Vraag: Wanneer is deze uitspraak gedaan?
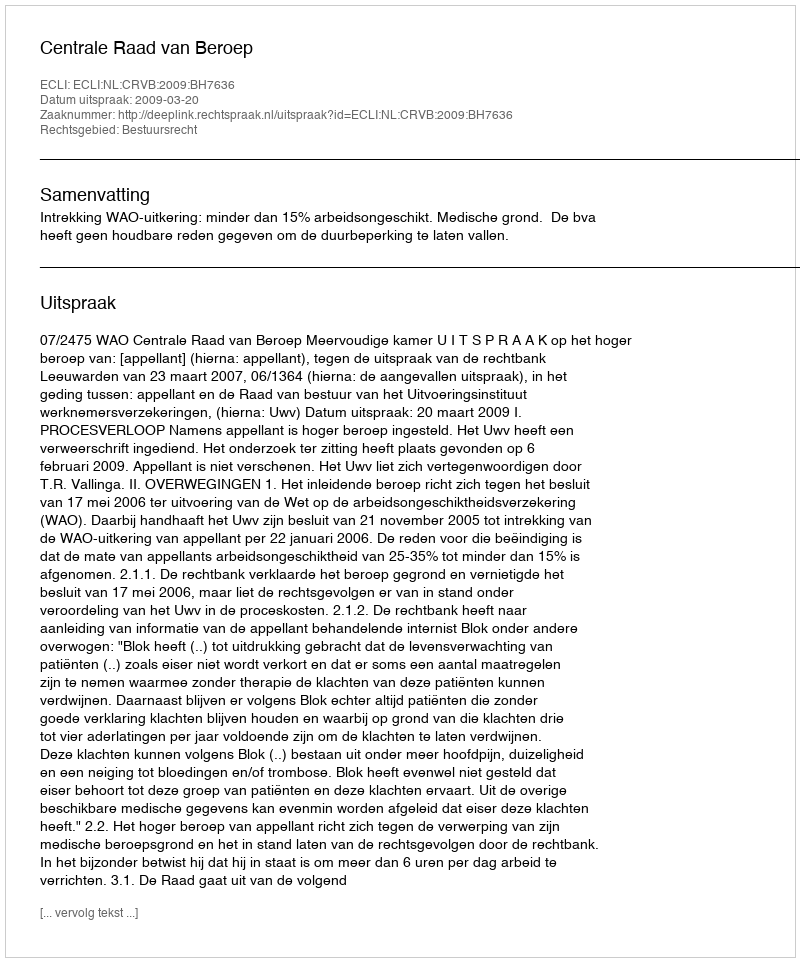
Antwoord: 2009-03-20